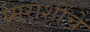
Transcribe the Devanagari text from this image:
मिराशींचे